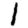
Digit: 1